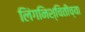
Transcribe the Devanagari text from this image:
लिंगनिश्चितीच्या